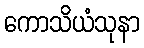
ကောသိယံသုနာ